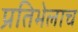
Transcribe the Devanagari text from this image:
प्रतिभेलाच